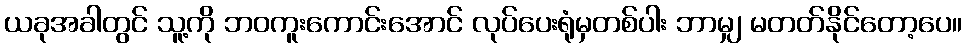
ယခုအခါတွင် သူ့ကို ဘဝကူးကောင်းအောင် လုပ်ပေးရုံမှတစ်ပါး ဘာမျှ မတတ်နိုင်တော့ပေ။